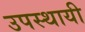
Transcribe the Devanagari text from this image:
उपस्‍थायी